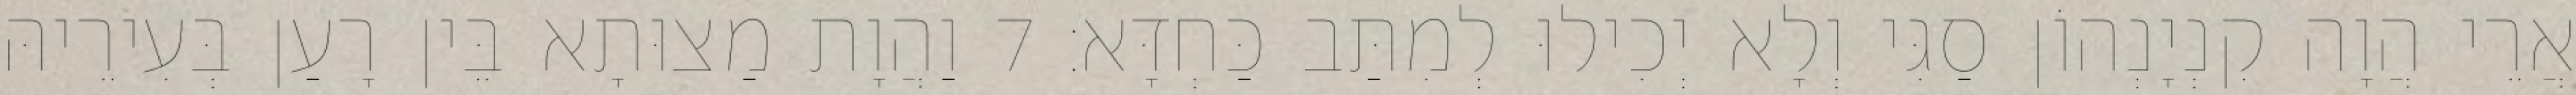
אֲרֵי הֲוָה קִנְיָנְהוֹן סַגִּי וְלָא יְכִילוּ לְמִתַּב כַּחְדָּא׃ 7 וַהֲוָת מַצוּתָא בֵּין רָעַן בְּעִירֵיהּ